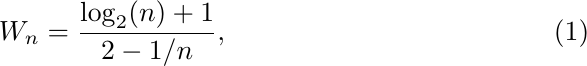
\begin{equation}\label{eq:biomass_PB}
W_n = \frac{\log_2(n) +1}{2 - 1/n},
\end{equation}